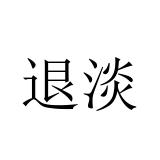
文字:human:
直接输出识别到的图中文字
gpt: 退淡